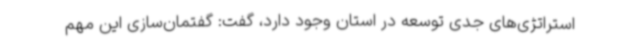
استراتژی‌های جدی توسعه در استان وجود دارد، گفت: گفتمان‌سازی این مهم